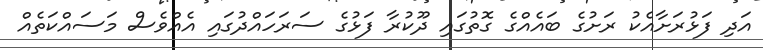
އަދި ފަޅުރަށާއެކު ރަށުގެ ބައެއްގެ ގޮތުގައި ދޫކުރާ ފަޅުގެ ސަރަހައްދުގައި އެއްވެސް މަސައްކަތެއް